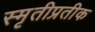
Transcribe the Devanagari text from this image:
स्मृतीप्रतीक